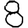
Digit: 8